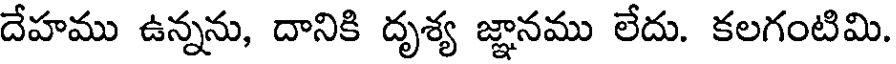
దేహము ఉన్నను, దానికి దృశ్య జ్ఞానము లేదు. కలగంటిమి.